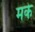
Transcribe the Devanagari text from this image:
मके